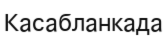
Касабланкада